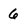
Character: 6